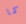
كما